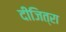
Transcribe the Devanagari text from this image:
दीजित्रा